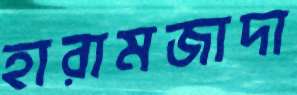
হারামজাদা